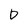
Character: D